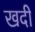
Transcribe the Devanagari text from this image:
खदी